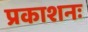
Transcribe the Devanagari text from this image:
प्रकाशनः